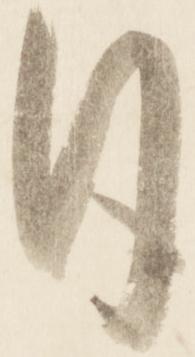
日